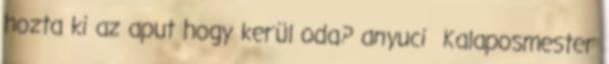
hozta ki az aput hogy kerül oda? anyuci Kalaposmester